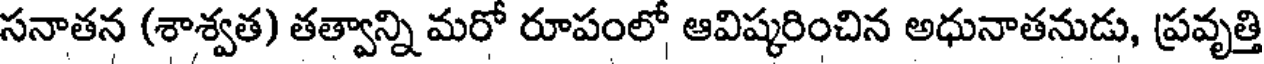
సనాతన (శాశ్వత) తత్వాన్ని మరో రూపంలో ఆవిష్కరించిన అధునాతనుడు, ప్రవృత్తి